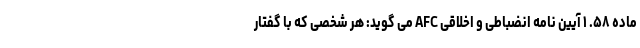
ماده ۵۸. ۱ آیین نامه انضباطی و اخلاقی AFC می گوید: هر شخصی که با گفتار